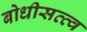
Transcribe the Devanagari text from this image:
बोधीसत्त्व